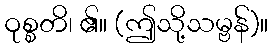
ဝုစ္စတိ၊ ၏။ (ဤသို့သမ္ဗန်)။